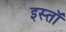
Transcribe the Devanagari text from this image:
इस्तॉ